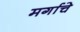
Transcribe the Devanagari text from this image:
मर्गाचे